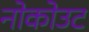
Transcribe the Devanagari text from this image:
नोकोउट